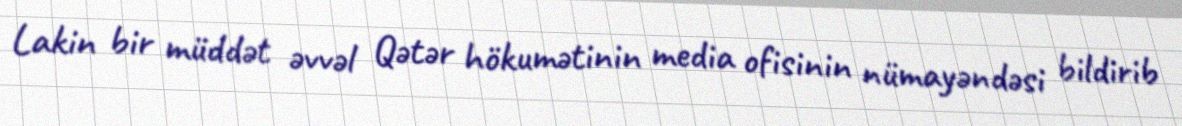
Lakin bir müddət əvvəl Qətər hökumətinin media ofisinin nümayəndəsi bildirib